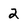
Character: 2